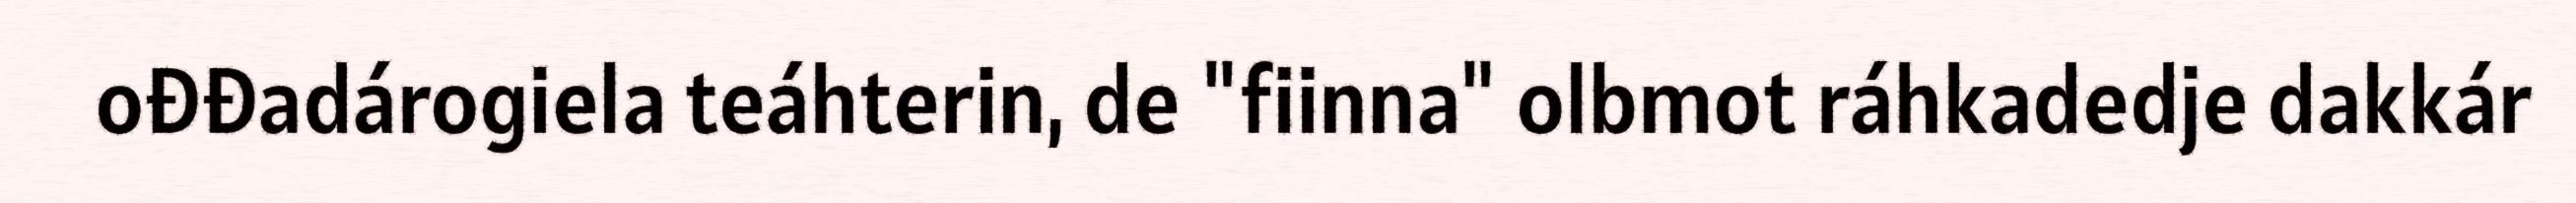
ođđadárogiela teáhterin, de "fiinna" olbmot ráhkadedje dakkár